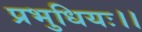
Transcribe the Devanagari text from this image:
प्रभुधियः।।